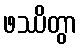
ဖဿိတွာ